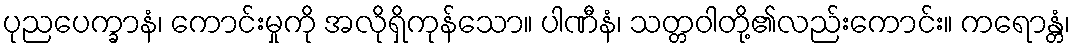
ပုညပေက္ခာနံ၊ ကောင်းမှုကို အလိုရှိကုန်သော။ ပါဏီနံ၊ သတ္တဝါတို့၏လည်းကောင်း။ ကရောန္တံ၊